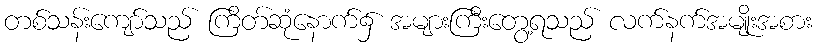
တစ်သန်းကျော်သည် ကြိတ်ဆုံနောက်၌ အများကြီးတွေ့ရသည် လက်နက်အမျိုးအစား